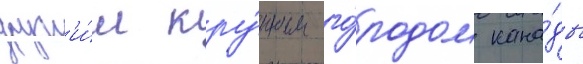
друг'и́м кру́пным го́родом кана́ды